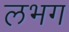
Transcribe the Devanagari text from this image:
लभग